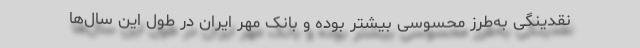
نقدینگی به‌طرز محسوسی بیشتر بوده و بانک مهر ایران در طول این سال‌ها